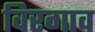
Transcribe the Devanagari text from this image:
विरगाव